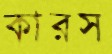
কারস